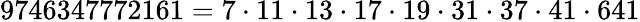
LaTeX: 9746347772161=7\cdot 11\cdot 13\cdot 17\cdot 19\cdot 31\cdot 37\cdot 41\cdot 641